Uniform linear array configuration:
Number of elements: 24
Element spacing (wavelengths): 0.75
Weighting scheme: uniform
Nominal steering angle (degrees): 60
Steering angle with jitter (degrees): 60.86
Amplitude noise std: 0.05
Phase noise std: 0.05

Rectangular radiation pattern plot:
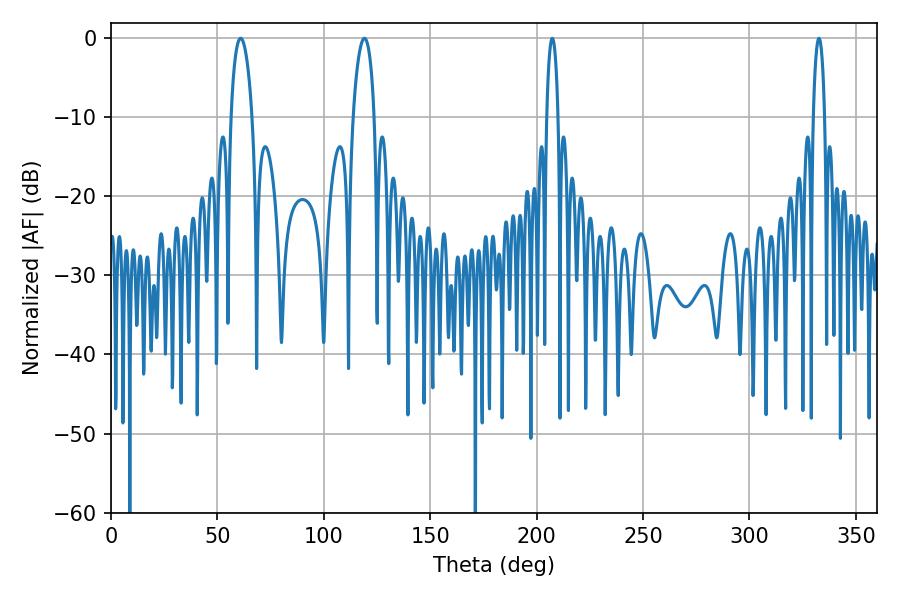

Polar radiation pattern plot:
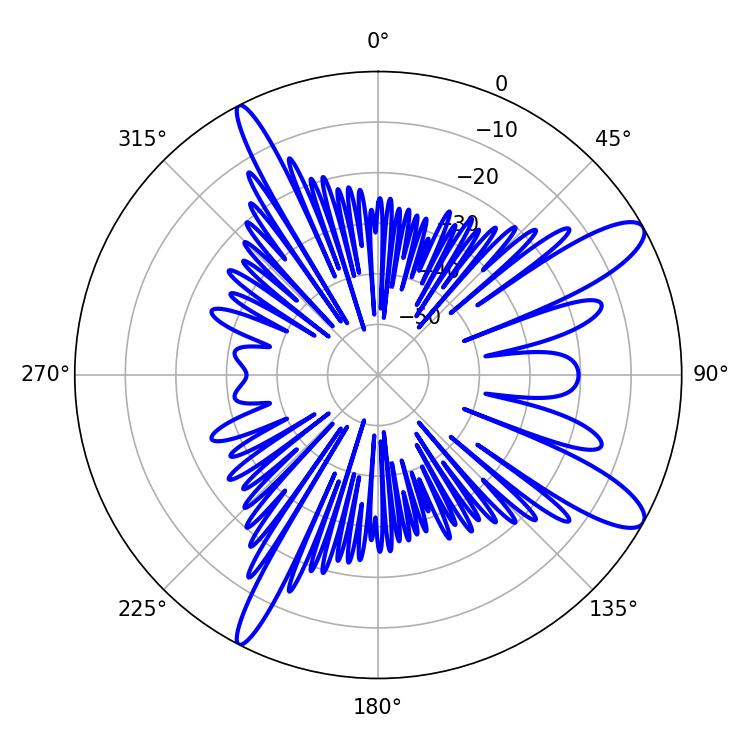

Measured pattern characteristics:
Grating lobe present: TRUE
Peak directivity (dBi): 11.559
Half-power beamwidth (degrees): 2.88
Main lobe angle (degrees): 207.36